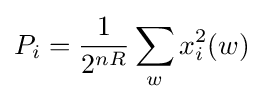
P_{i}={\frac {1}{2^{nR}}}\sum _{w}x_{i}^{2}(w)\,\!